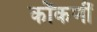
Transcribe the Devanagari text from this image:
कोंकणीं